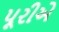
પૂરીએ